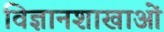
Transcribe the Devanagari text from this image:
विज्ञानशाखाओं